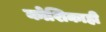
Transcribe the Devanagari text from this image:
कोशिकाही